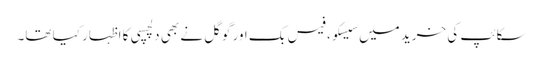
سکائپ کی خرید میں سیسکو، فیس بک اور گوگل نے بھی دلچسپی کا اظہار کیا تھا۔